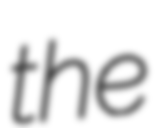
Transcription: the